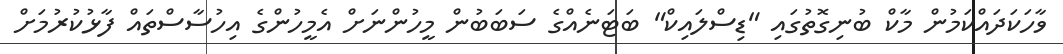
ވާހަކަދައްކަމުން މާކް ބުނިގޮތުގައި "ޑިސްލައިކް" ބަޓަނެއްގެ ސަބަބުން މީހުންނަށް އެމީހުންގެ އިހުސާސްތައް ފާޅުކުރުމަށް